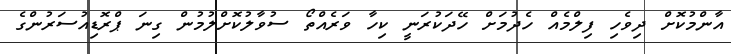
އާންމުކޮށް ދިވެހި ފިލްމެއް ހެދުމަށް ހޭދަކުރަނީ ކިހާ ވަރެއްތޯ ސުވާލުކޮށްލުމުން ގިނަ ޕްރޮޑިއުސަރުންގެ